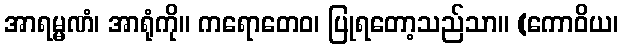
အာရမ္မဏံ၊ အာရုံကို။ ကရောတေဝ၊ ပြုရတော့သည်သာ။ (ကောဝိယ၊